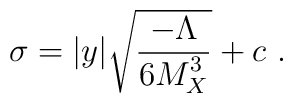
\sigma =  |y| \sqrt{{{- {\Lambda}} \over\displaystyle {6 M_X^3}}} + c~.~\,